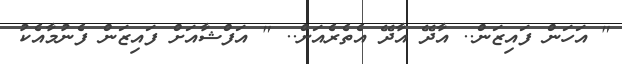
" އަހަން ފައިޒަން.. އާދޭ އާދޭ އެތެރެއަށް.. " އަފްޝާއަށް ފައިޒަން ފެނުމާއެކު